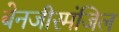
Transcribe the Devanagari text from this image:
बेनजीरमंजिल